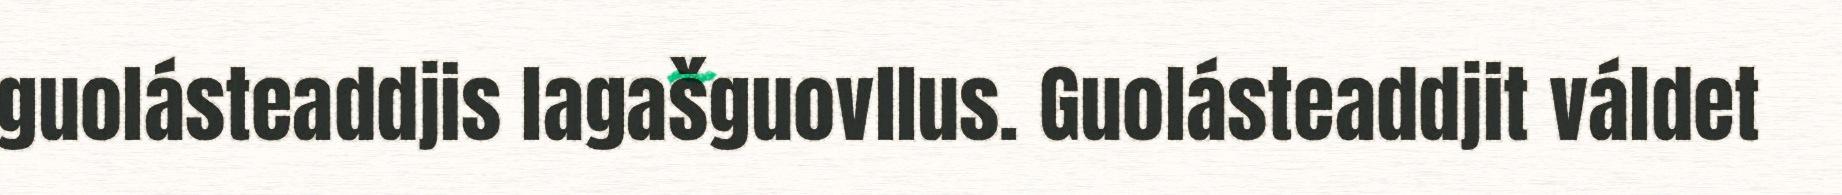
guolásteaddjis lagašguovllus. Guolásteaddjit váldet